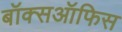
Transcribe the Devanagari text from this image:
बॉक्सऑफिस